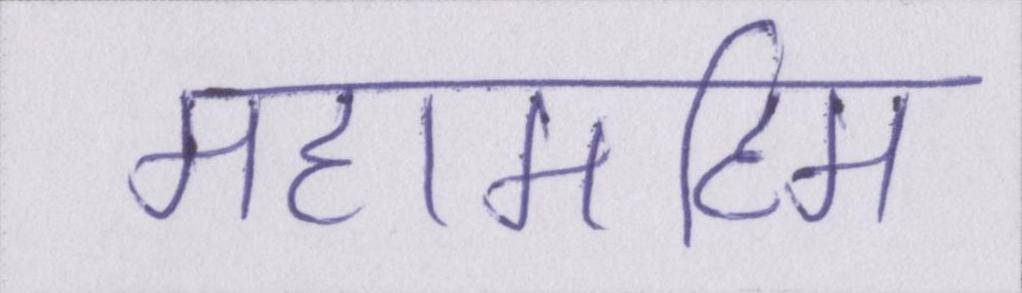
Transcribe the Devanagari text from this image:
महामहिम